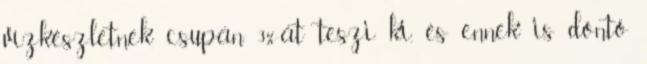
vízkészletnek csupán 3%-át teszi ki, és ennek is döntő